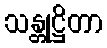
သန္တုဋ္ဌိတာ